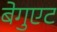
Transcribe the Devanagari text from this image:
बेगुएट